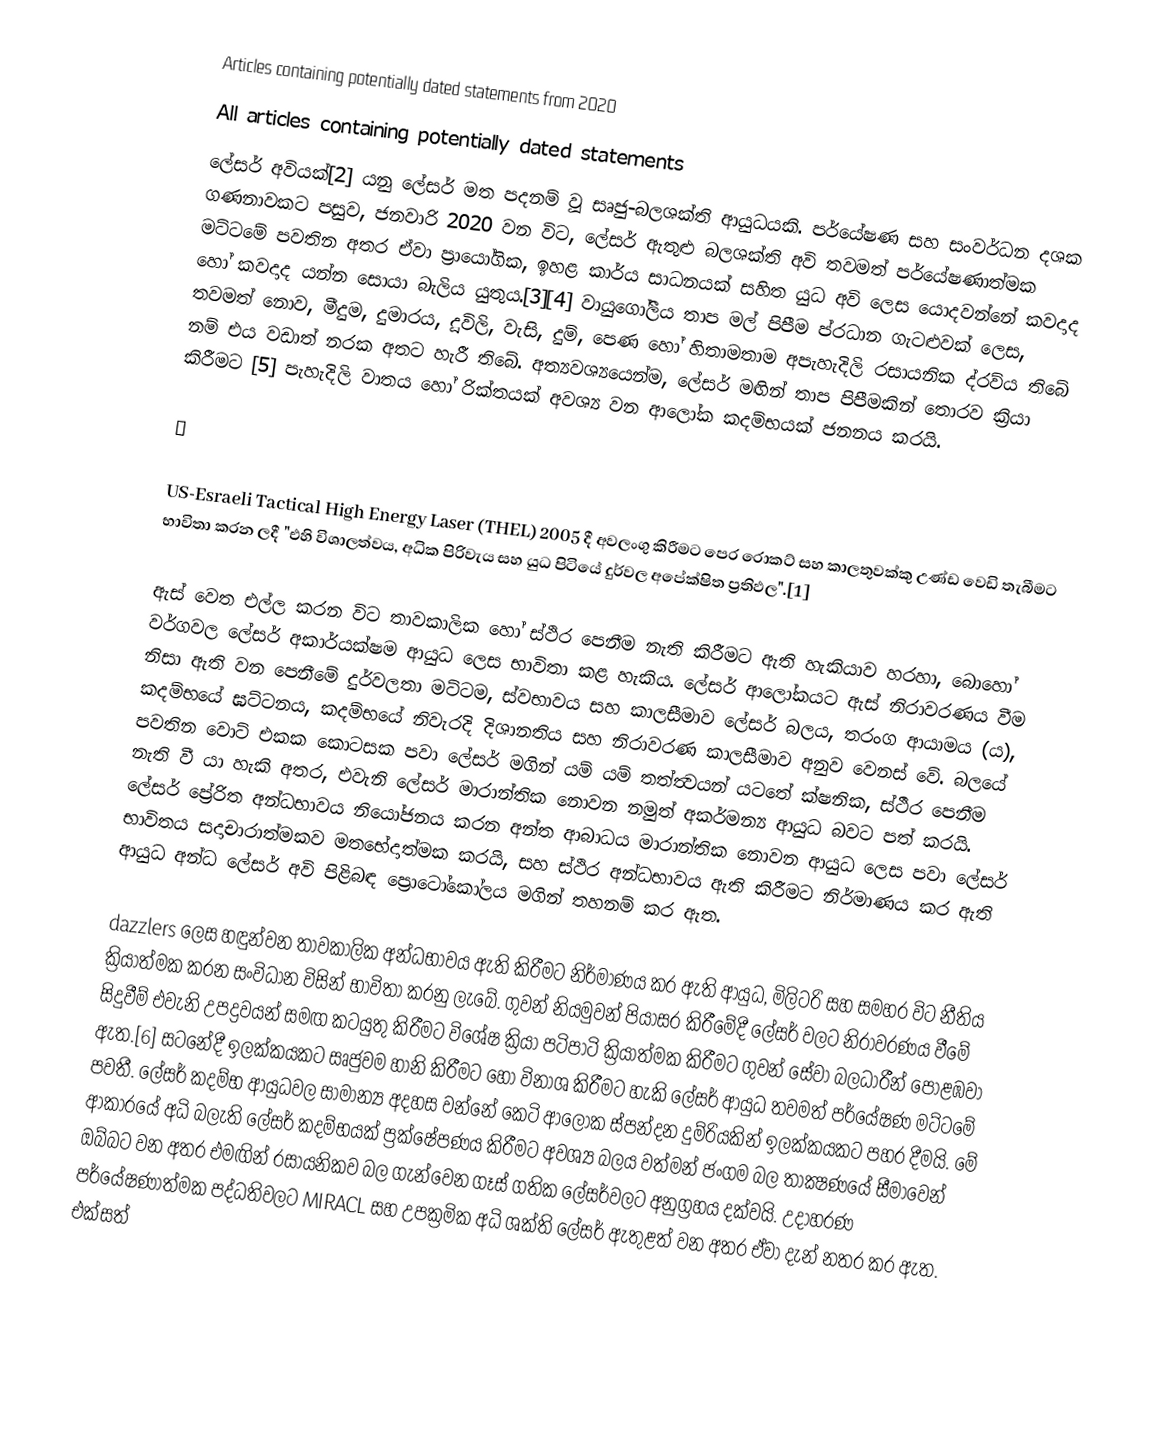
Articles containing potentially dated statements from 2020
All articles containing potentially dated statements
ලේසර් අවියක්[2] යනු ලේසර් මත පදනම් වූ සෘජු-බලශක්ති ආයුධයකි.  පර්යේෂණ සහ සංවර්ධන දශක ගණනාවකට පසුව, ජනවාරි 2020 වන විට, ලේසර් ඇතුළු බලශක්ති අවි තවමත් පර්යේෂණාත්මක මට්ටමේ පවතින අතර ඒවා ප්‍රායෝගික, ඉහළ කාර්ය සාධනයක් සහිත යුධ අවි ලෙස යොදවන්නේ කවදාද හෝ කවදාද යන්න සොයා බැලිය යුතුය.[3][4]  වායුගෝලීය තාප මල් පිපීම ප්රධාන ගැටළුවක් ලෙස, තවමත් නොව, මීදුම, දුමාරය, දූවිලි, වැසි, දුම්, පෙණ හෝ හිතාමතාම අපැහැදිලි රසායනික ද්රව්ය තිබේ නම් එය වඩාත් නරක අතට හැරී තිබේ.  අත්‍යවශ්‍යයෙන්ම, ලේසර් මඟින් තාප පිපීමකින් තොරව ක්‍රියා කිරීමට [5] පැහැදිලි වාතය හෝ රික්තයක් අවශ්‍ය වන ආලෝක කදම්භයක් ජනනය කරයි.

￼

US-Esraeli Tactical High Energy Laser (THEL) 2005 දී අවලංගු කිරීමට පෙර රොකට් සහ කාලතුවක්කු උණ්ඩ වෙඩි තැබීමට භාවිතා කරන ලදී "එහි විශාලත්වය, අධික පිරිවැය සහ යුධ පිටියේ දුර්වල අපේක්ෂිත ප්‍රතිඵල".[1]

ඇස් වෙත එල්ල කරන විට තාවකාලික හෝ ස්ථිර පෙනීම නැති කිරීමට ඇති හැකියාව හරහා, බොහෝ වර්ගවල ලේසර් අකාර්යක්ෂම ආයුධ ලෙස භාවිතා කළ හැකිය.  ලේසර් ආලෝකයට ඇස් නිරාවරණය වීම නිසා ඇති වන පෙනීමේ දුර්වලතා මට්ටම, ස්වභාවය සහ කාලසීමාව ලේසර් බලය, තරංග ආයාමය (ය), කදම්භයේ ඝට්ටනය, කදම්භයේ නිවැරදි දිශානතිය සහ නිරාවරණ කාලසීමාව අනුව වෙනස් වේ.  බලයේ පවතින වොට් එකක කොටසක පවා ලේසර් මගින් යම් යම් තත්ත්‍වයන් යටතේ ක්ෂනික, ස්ථීර පෙනීම නැති වී යා හැකි අතර, එවැනි ලේසර් මාරාන්තික නොවන නමුත් අකර්මන්‍ය ආයුධ බවට පත් කරයි.  ලේසර් ප්‍රේරිත අන්ධභාවය නියෝජනය කරන අන්ත ආබාධය මාරාන්තික නොවන ආයුධ ලෙස පවා ලේසර් භාවිතය සදාචාරාත්මකව මතභේදාත්මක කරයි, සහ ස්ථිර අන්ධභාවය ඇති කිරීමට නිර්මාණය කර ඇති ආයුධ අන්ධ ලේසර් අවි පිළිබඳ ප්‍රොටෝකෝලය මගින් තහනම් කර ඇත.

dazzlers ලෙස හඳුන්වන තාවකාලික අන්ධභාවය ඇති කිරීමට නිර්මාණය කර ඇති ආයුධ, මිලිටරි සහ සමහර විට නීතිය ක්‍රියාත්මක කරන සංවිධාන විසින් භාවිතා කරනු ලැබේ.  ගුවන් නියමුවන් පියාසර කිරීමේදී ලේසර් වලට නිරාවරණය වීමේ සිදුවීම් එවැනි උපද්‍රවයන් සමඟ කටයුතු කිරීමට විශේෂ ක්‍රියා පටිපාටි ක්‍රියාත්මක කිරීමට ගුවන් සේවා බලධාරීන් පොළඹවා ඇත.[6]  සටනේදී ඉලක්කයකට සෘජුවම හානි කිරීමට හෝ විනාශ කිරීමට හැකි ලේසර් ආයුධ තවමත් පර්යේෂණ මට්ටමේ පවතී.  ලේසර් කදම්භ ආයුධවල සාමාන්‍ය අදහස වන්නේ කෙටි ආලෝක ස්පන්දන දුම්රියකින් ඉලක්කයකට පහර දීමයි.  මේ ආකාරයේ අධි බලැති ලේසර් කදම්භයක් ප්‍රක්ෂේපණය කිරීමට අවශ්‍ය බලය වත්මන් ජංගම බල තාක්‍ෂණයේ සීමාවෙන් ඔබ්බට වන අතර එමඟින් රසායනිකව බල ගැන්වෙන ගෑස් ගතික ලේසර්වලට අනුග්‍රහය දක්වයි.  උදාහරණ පර්යේෂණාත්මක පද්ධතිවලට MIRACL  සහ උපක්‍රමික අධි ශක්ති ලේසර් ඇතුළත් වන අතර ඒවා දැන් නතර කර ඇත.  එක්සත්